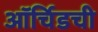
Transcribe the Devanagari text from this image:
ऑर्चिडची